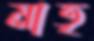
মাতৃ